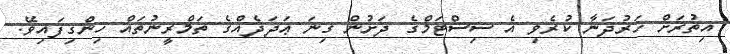
އިތުރަށް ހަރުދަނާ ކުރެވި އެ ސިސްޓަމްގެ ދަށުން ގިނަ ޢަދަދެއްގެ ތަމްރީނުތައް ހިންގިފައިވޭ.